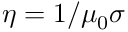
\eta = 1 / \mu _ { 0 } \sigma